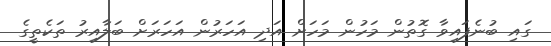
ގައި ބުނެފައިވާ ގޮތުން މަހުން މަހަށް އަދި އަހަރުން އަހަރަށް ބަލާއިރު ތަކެތީގެ